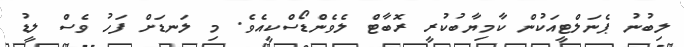
ލިބުނު ޕެނަލްޓީއަކުން ކާމިޔާބުކުރީ ރޮބާޓް ލެވެންޑޯސްކީއެވެ. މި ލަނޑަށް ފަހު ވެސް ލީޑު